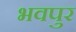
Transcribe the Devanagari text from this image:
भवपुर